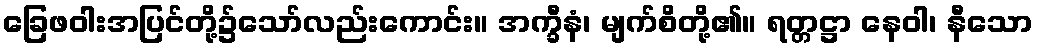
ခြေဖဝါးအပြင်တို့၌သော်လည်းကောင်း။ အက္ခီနံ၊ မျက်စိတို့၏။ ရတ္တဋ္ဌာ နေဝါ၊ နီသော